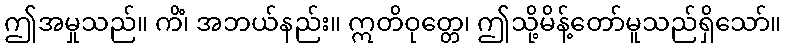
ဤအမှုသည်။ ကိံ၊ အဘယ်နည်း။ ဣတိဝုတ္တေ၊ ဤသို့မိန့်တော်မူသည်ရှိသော်။